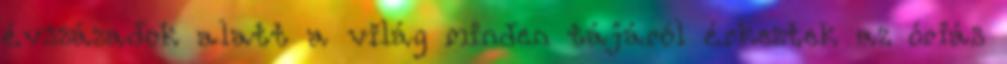
évszázadok alatt a világ minden tájáról érkeztek az óriás